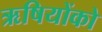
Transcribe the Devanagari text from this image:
ऋषियोंको